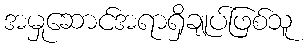
အမှုဆောင်အရာရှိချုပ်ဖြစ်သူ